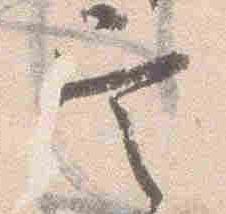
定